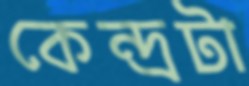
কেন্দ্রটা